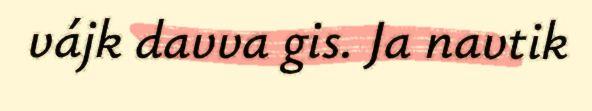
vájk davva gis. Ja navtik